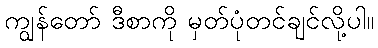
ကျွန်တော် ဒီစာကို မှတ်ပုံတင်ချင်လို့ပါ။